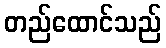
တည်ထောင်သည်